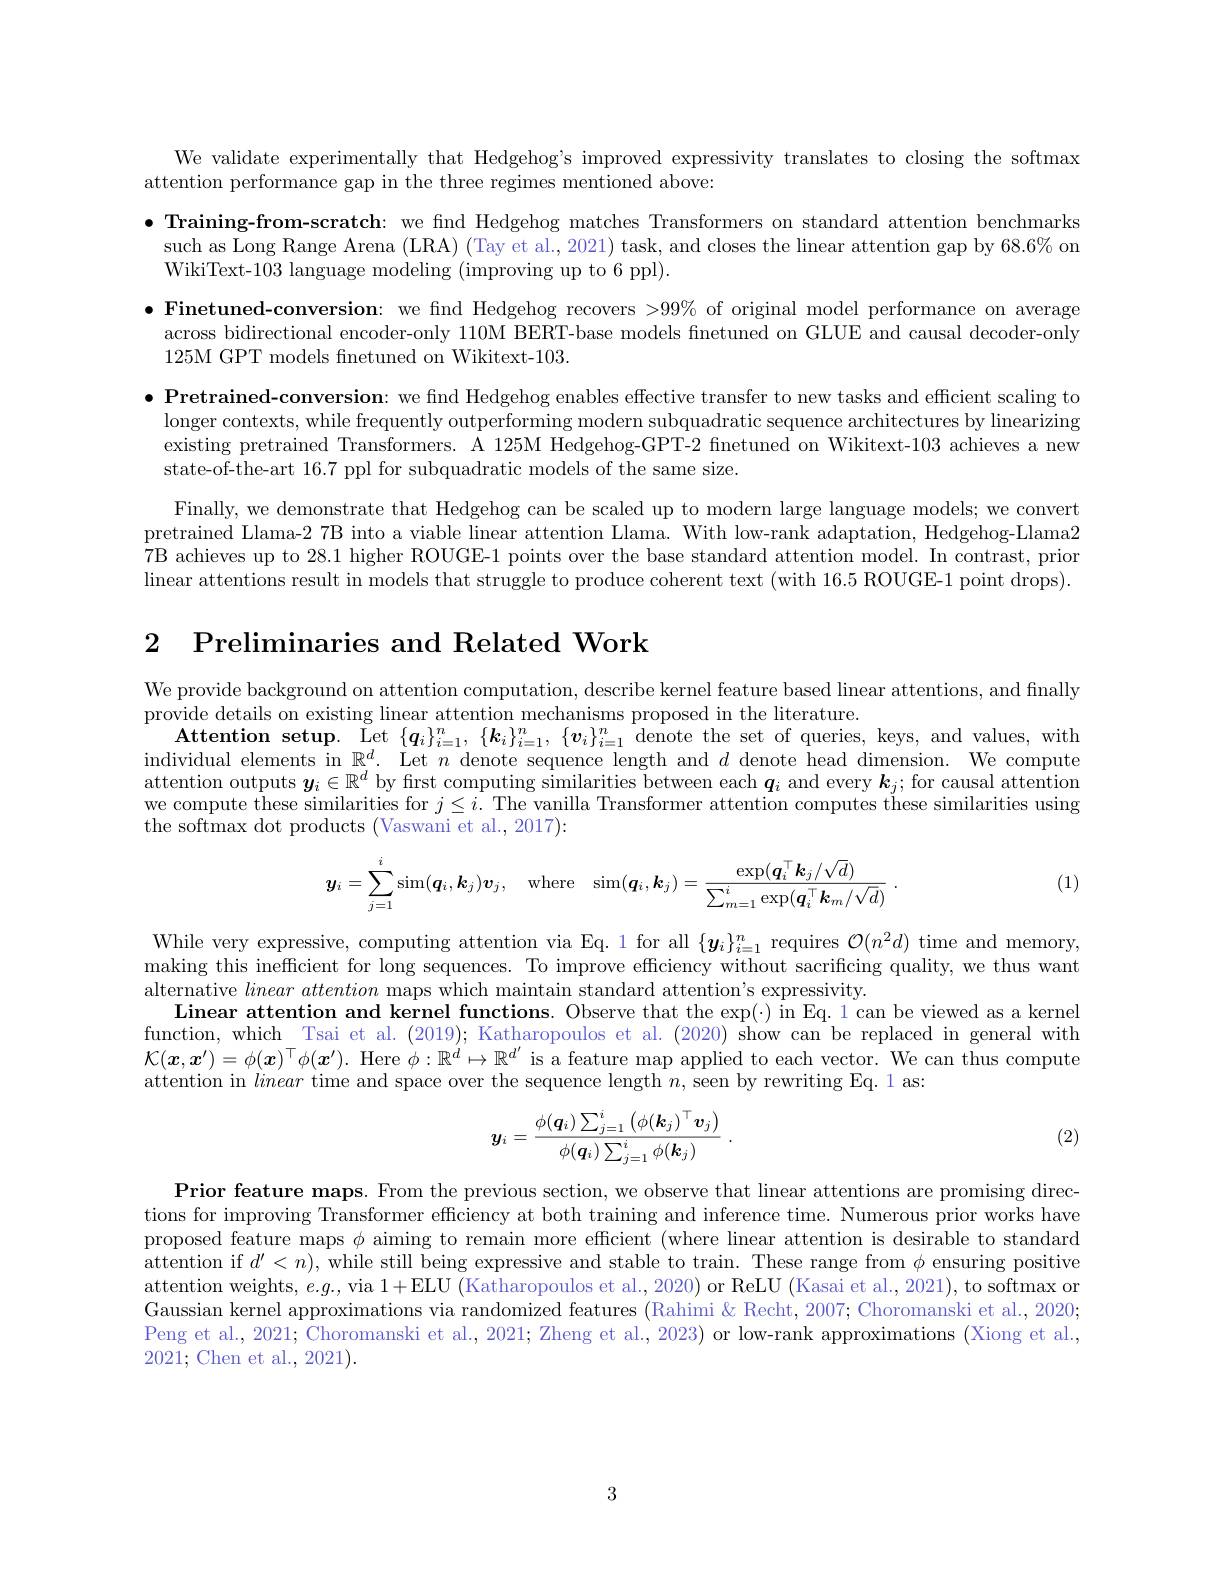
We validate experimentally that Hedgehog's improved expressivity translates to closing the softmax
attention performance gap in the three regimes mentioned above:
$\bullet$ Training-from-scratch: we find Hedgehog matches Transformers on standard attention benchmarks such as Long Range Arena (LRA) (Tay et al., 2021) task, and closes the linear attention gap by 68.6% on WikiText-103 language modeling (improving up to 6 ppl).
$\bullet$ Finetuned-conversion: we find Hedgehog recovers >99% of original model performance on average across bidirectional encoder-only 110M BERT-base models finetuned on GLUE and causal decoder-only 125M GPT models fnetuned on Wikitext-103.
$\bullet$ Pretrained-conversion: we find Hedgehog enables effective transfer to new tasks and efficient scaling to longer contexts, while frequently outperforming modern subquadratic sequence architectures by linearizing existing pretrained Transformers. A 125M Hedgehog-GPT-2 finetuned on Wikitext-103 achieves a new state-of-the-art 16.7 ppl for subquadratic models of the same size.
Finally, we demonstrate that Hedgehog can be scaled up to modern large language models; we convert pretrained Llama-2 7B into a viable linear attention Llama. With low-rank adaptation, Hedgehog-Llama27B achieves up to 28.1 higher ROUGE-1 points over the base standard attention model. In contrast, prior $\bar{\text{linear attentions result in models that struggle to produce coherent text (with 16.5 ROUGE-1 point drops)}}.$

2 Preliminaries and Related Work

We provide background on attention computation, describe kernel feature based linear attentions, and finally
provide details on existing linear attention mechanisms proposed in the literature.
$\textbf{Attention setup. Let }\{ q_i\} _{i= 1}^n, \{ \boldsymbol{k}_i\} _{i= 1}^n, \{ \boldsymbol{v}_i\} _{i= 1}^n$denote the set of queries, keys, and values, with individual elements in $\mathbb{R} _i^d.$ Let $n$ denote sequence length and $d$ denote head dimension. We compute attention outputs $\boldsymbol{y}_i\in\mathbb{R}^d$ by first computing similarities between each $\boldsymbol{q}_i$ and every $\boldsymbol{k}_j;$ for causal attention we compute these similarities for $j\leq i.$ The vanilla Transformer attention computes these similarities using the softmax dot products ( Vaswani et al. , 2017) :

(1)
$$\boldsymbol{y}_{i}=\sum_{j=1}^{i}\sin(\boldsymbol{q}_{i},\boldsymbol{k}_{j})\boldsymbol{v}_{j},\quad\mathrm{where}\quad\sin(\boldsymbol{q}_{i},\boldsymbol{k}_{j})=\frac{\exp(\boldsymbol{q}_{i}^{\top}\boldsymbol{k}_{j}/\sqrt{d})}{\sum_{m=1}^{i}\exp(\boldsymbol{q}_{i}^{\top}\boldsymbol{k}_{m}/\sqrt{d})}\:.$$
While very expressive, computing attention via Eq. 1 for all $\{\boldsymbol{y}_i\}_i=1^n$ requires $\mathcal{O}(n^2d)$ time and memory, making this inefficient for long sequences. To improve efficiency without sacrificing quality, we thus want alternative linearattention maps which maintain standard attention's expressivity.
Linear attention and kernel functions. Observe that the $\exp(\cdot)$ in Eq. 1 can be viewed as a kernel function, which\_ Tsai et al. (2019); Katharopoulos et al. (2020) show can be replaced in general with $\mathcal{K}(x,x^{\prime})=\phi(x)^\top\phi(x^{\prime}).$ Here $\phi:\mathbb{R}^d\mapsto\mathbb{R}^{d^{\prime}}$ is a feature map applied to each vector. We can thus compute attention in linear time and space over the sequence length $n$,seen by rewriting Eq.1 as:
$$\boldsymbol{y}_{i}=\frac{\phi(\boldsymbol{q}_{i})\sum_{j=1}^{i}\left(\phi(\boldsymbol{k}_{j})^{\top}\boldsymbol{v}_{j}\right)}{\phi(\boldsymbol{q}_{i})\sum_{j=1}^{i}\phi(\boldsymbol{k}_{j})}\:.$$
(2)

Prior feature maps. From the previous section, we observe that linear attentions are promising directions for improving Transformer efficiency at both training and inference time. Numerous prior works have proposed feature maps $\phi$ aiming to remain more efficient (where linear attention is desirable to standard attention if $d^\prime<n)$, while still being expressive and stable to train. These range from $\phi$ ensuring positive attention weights, $e.g.$, via 1+ELU (Katharopoulos et al., 2020) or ReLU (Kasai et al., 2021), to softmax or Gaussian kernel approximations via randomized features (Rahimi & Recht, 2007; Choromanski et al., 2020; Peng et al., 2021; Choromanski et al., 2021; Zheng et al., 2023) or low-rank approximations (Xiong et al., 2021; Chen et al., 2021).

3